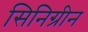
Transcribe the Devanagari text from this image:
सिनिग्रीन